65_HS1-834228961_62-HQ-83894_Section_9
Agency: FBI
Page 216
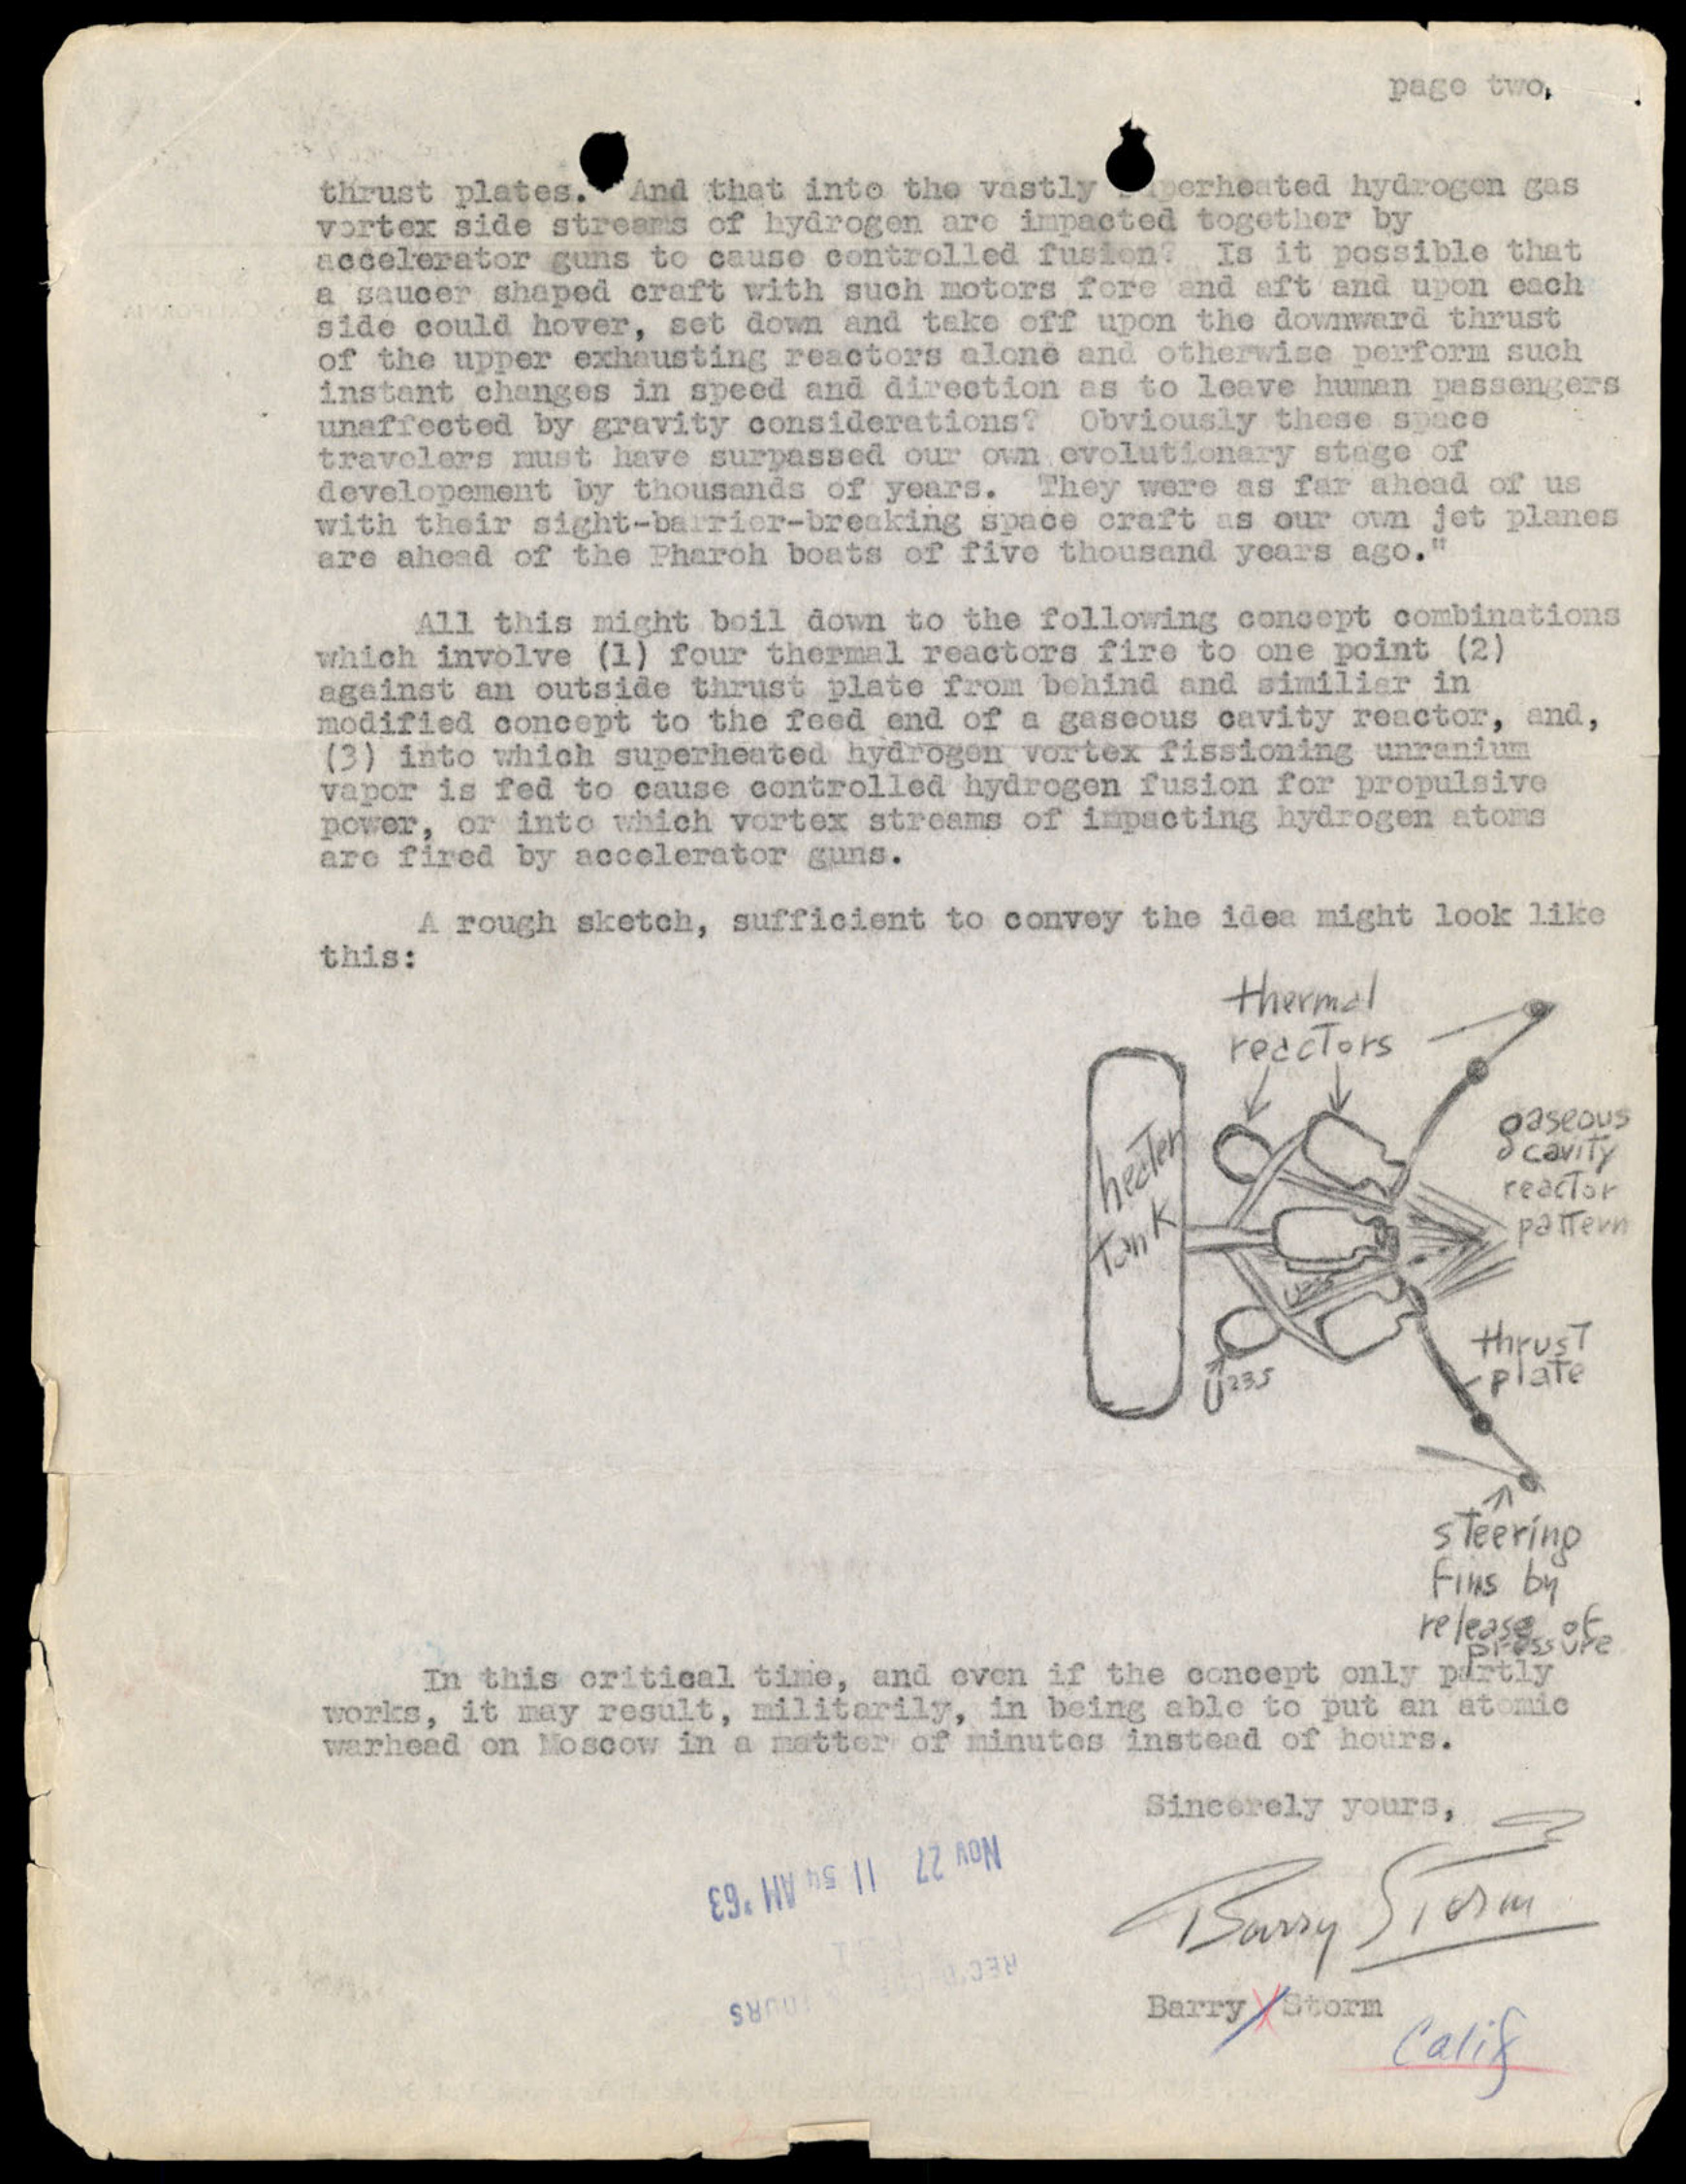